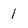
Character: 1